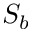
S _ { b }